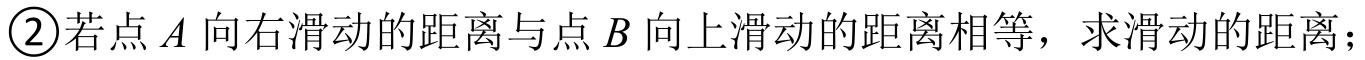
\textcircled{2}若点\(A\)向右滑动的距离与点\(B\)向上滑动的距离相等，求滑动的距离；